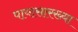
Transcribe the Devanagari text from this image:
पायासारख्या